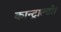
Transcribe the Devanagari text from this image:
कान्ट्राल्टो।